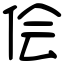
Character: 侩